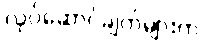
လုပ်ဆောင်ချက်များက